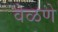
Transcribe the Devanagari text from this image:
वेळणे